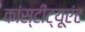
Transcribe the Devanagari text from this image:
कांस्टीट्यूएंट